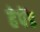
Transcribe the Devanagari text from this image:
हेपेंड